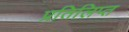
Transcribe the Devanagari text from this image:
प्रतिलिप्त